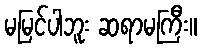
မမြင်ပါဘူး ဆရာမကြီး။